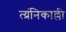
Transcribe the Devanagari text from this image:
त्य्रंनिकाल्ली